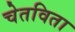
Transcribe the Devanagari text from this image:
चेतविता